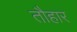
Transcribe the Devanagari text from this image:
तौहार